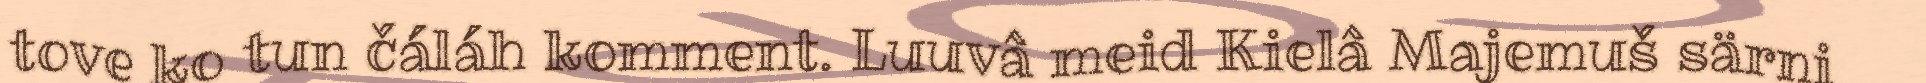
tove ko tun čáláh komment. Luuvâ meid Kielâ Majemuš särni